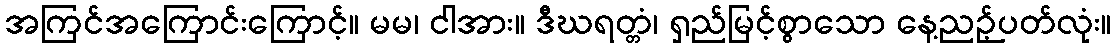
အကြင်အကြောင်းကြောင့်။ မမ၊ ငါအား။ ဒီဃရတ္တံ၊ ရှည်မြင့်စွာသော နေ့ညဉ့်ပတ်လုံး။